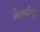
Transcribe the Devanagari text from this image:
मेहन्दीपुर